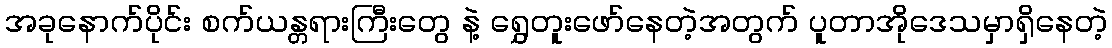
အခုနောက်ပိုင်း စက်ယန္တရားကြီးတွေ နဲ့ ရွှေတူးဖော်နေတဲ့အတွက် ပူတာအိုဒေသမှာရှိနေတဲ့